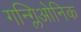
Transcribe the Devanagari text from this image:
गन्ग्लिओनिक